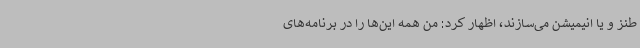
طنز و یا انیمیشن می‌سازند، اظهار کرد: من همه این‌ها را در برنامه‌های